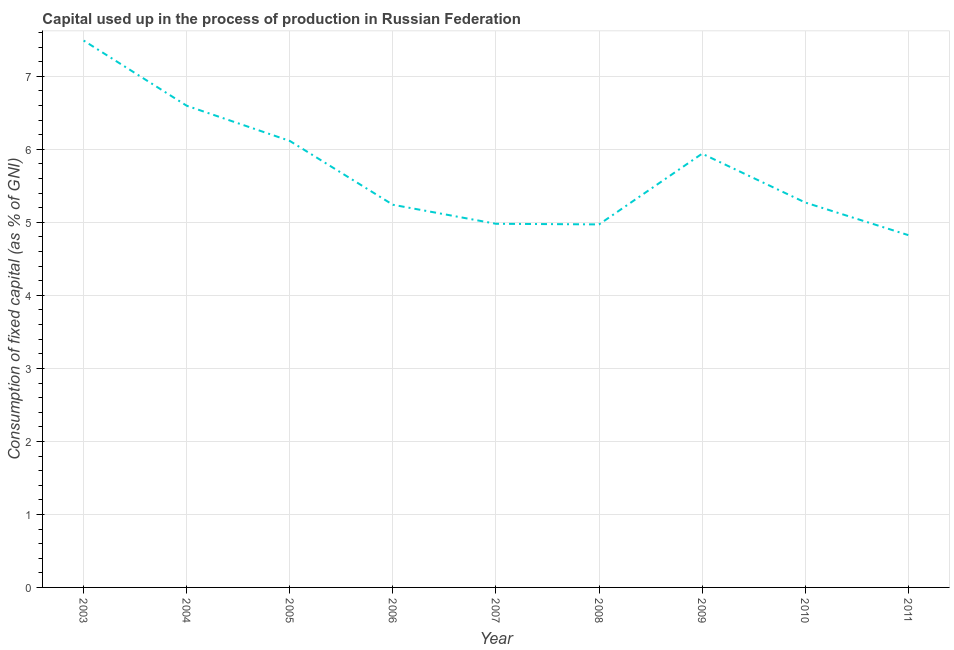
| Year | Consumption of fixed capital |
 | --- | --- |
 | 2003 | 7.49 |
 | 2004 | 6.6 |
 | 2005 | 6.12 |
 | 2006 | 5.24 |
 | 2007 | 4.98 |
 | 2008 | 4.97 |
 | 2009 | 5.94 |
 | 2010 | 5.27 |
 | 2011 | 4.83 |